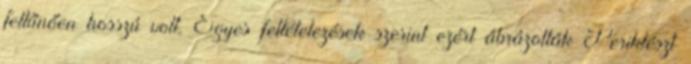
feltűnően hosszú volt. Egyes feltételezések szerint ezért ábrázolták Periklészt